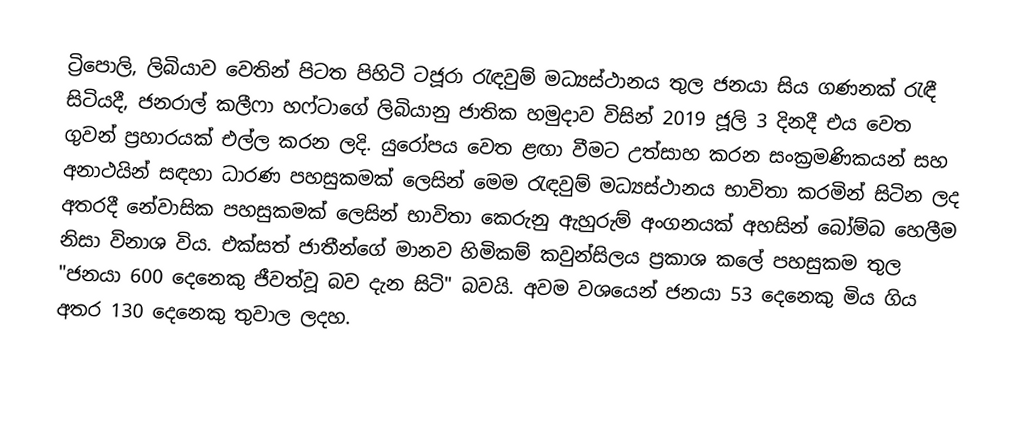
ට්‍රිපොලි, ලිබියාව වෙතින් පිටත පිහිටි ටජූරා රැඳවුම් මධ්‍යස්ථානය තුල ජනයා සිය ගණනක් රැඳී සිටියදී,   ජනරාල් කලීෆා හෆ්ටාගේ  ලිබියානු ජාතික හමුදාව විසින් 2019 ජූලි 3 දිනදී එය වෙත ගුවන් ප්‍රහාරයක් එල්ල කරන ලදි. යුරෝපය වෙත ළඟා වීමට උත්සාහ කරන සංක්‍රමණිකයන් සහ අනාථයින් සඳහා ධාරණ පහසුකමක් ලෙසින් මෙම රැඳවුම් මධ්‍යස්ථානය භාවිතා කරමින් සිටින ලද අතරදී නේවාසික පහසුකමක් ලෙසින් භාවිතා කෙරුනු ඇහුරුම් අංගනයක් අහසින් බෝම්බ හෙලීම නිසා විනාශ විය. එක්සත් ජාතීන්ගේ මානව හිමිකම් කවුන්සිලය ප්‍රකාශ කලේ  පහසුකම තුල "ජනයා 600 දෙනෙකු ජීවත්වූ බව දැන සිටි" බවයි. අවම වශයෙන් ජනයා 53 දෙනෙකු මිය ගිය අතර 130 දෙනෙකු තුවාල ලදහ.